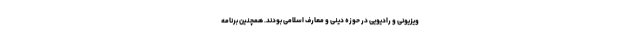
ویزیونی و رادیویی در حوزه دینی و معارف اسلامی بودند. همچنین برنامه